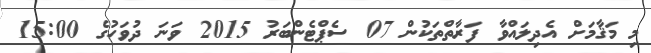
މި މަޤާމަށް އެދިލައްވާ ފަރާތްތަކުން 07 ސެޕްޓެންބަރު 2015 ވަނަ ދުވަހުގެ 15:00